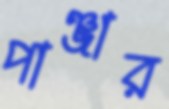
পাঞ্জার